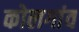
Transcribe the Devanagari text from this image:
कोलगांव